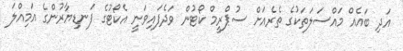
އަދި ބައެއް މައްސަލަތަކުގެ ތެރެއަށް ސުޕްރީމް ކޯޓުން ވަދެފައިވަނީ އެކޯޓުގެ ފަނޑިޔާރުންގެ އަމިއްލަ